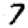
Digit: 7